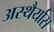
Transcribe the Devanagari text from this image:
अस्थैर्यास